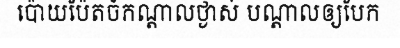
ប៉ោយប៉ែតចំកណ្តាលថ្ងាស់ បណ្តាលឲ្យបែក